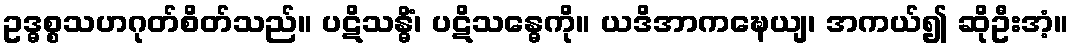
ဥဒ္ဓစ္စသဟဂုတ်စိတ်သည်။ ပဋိသန္ဓိံ၊ ပဋိသန္ဓေကို။ ယဒိအာကဍ္ဎေယျ၊ အကယ်၍ ဆိုဦးအံ့။